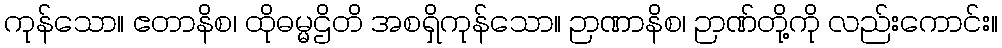
ကုန်သော။ ဧတာနိစ၊ ထိုဓမ္မဌိတိ အစရှိကုန်သော။ ဉာဏာနိစ၊ ဉာဏ်တို့ကို လည်းကောင်း။